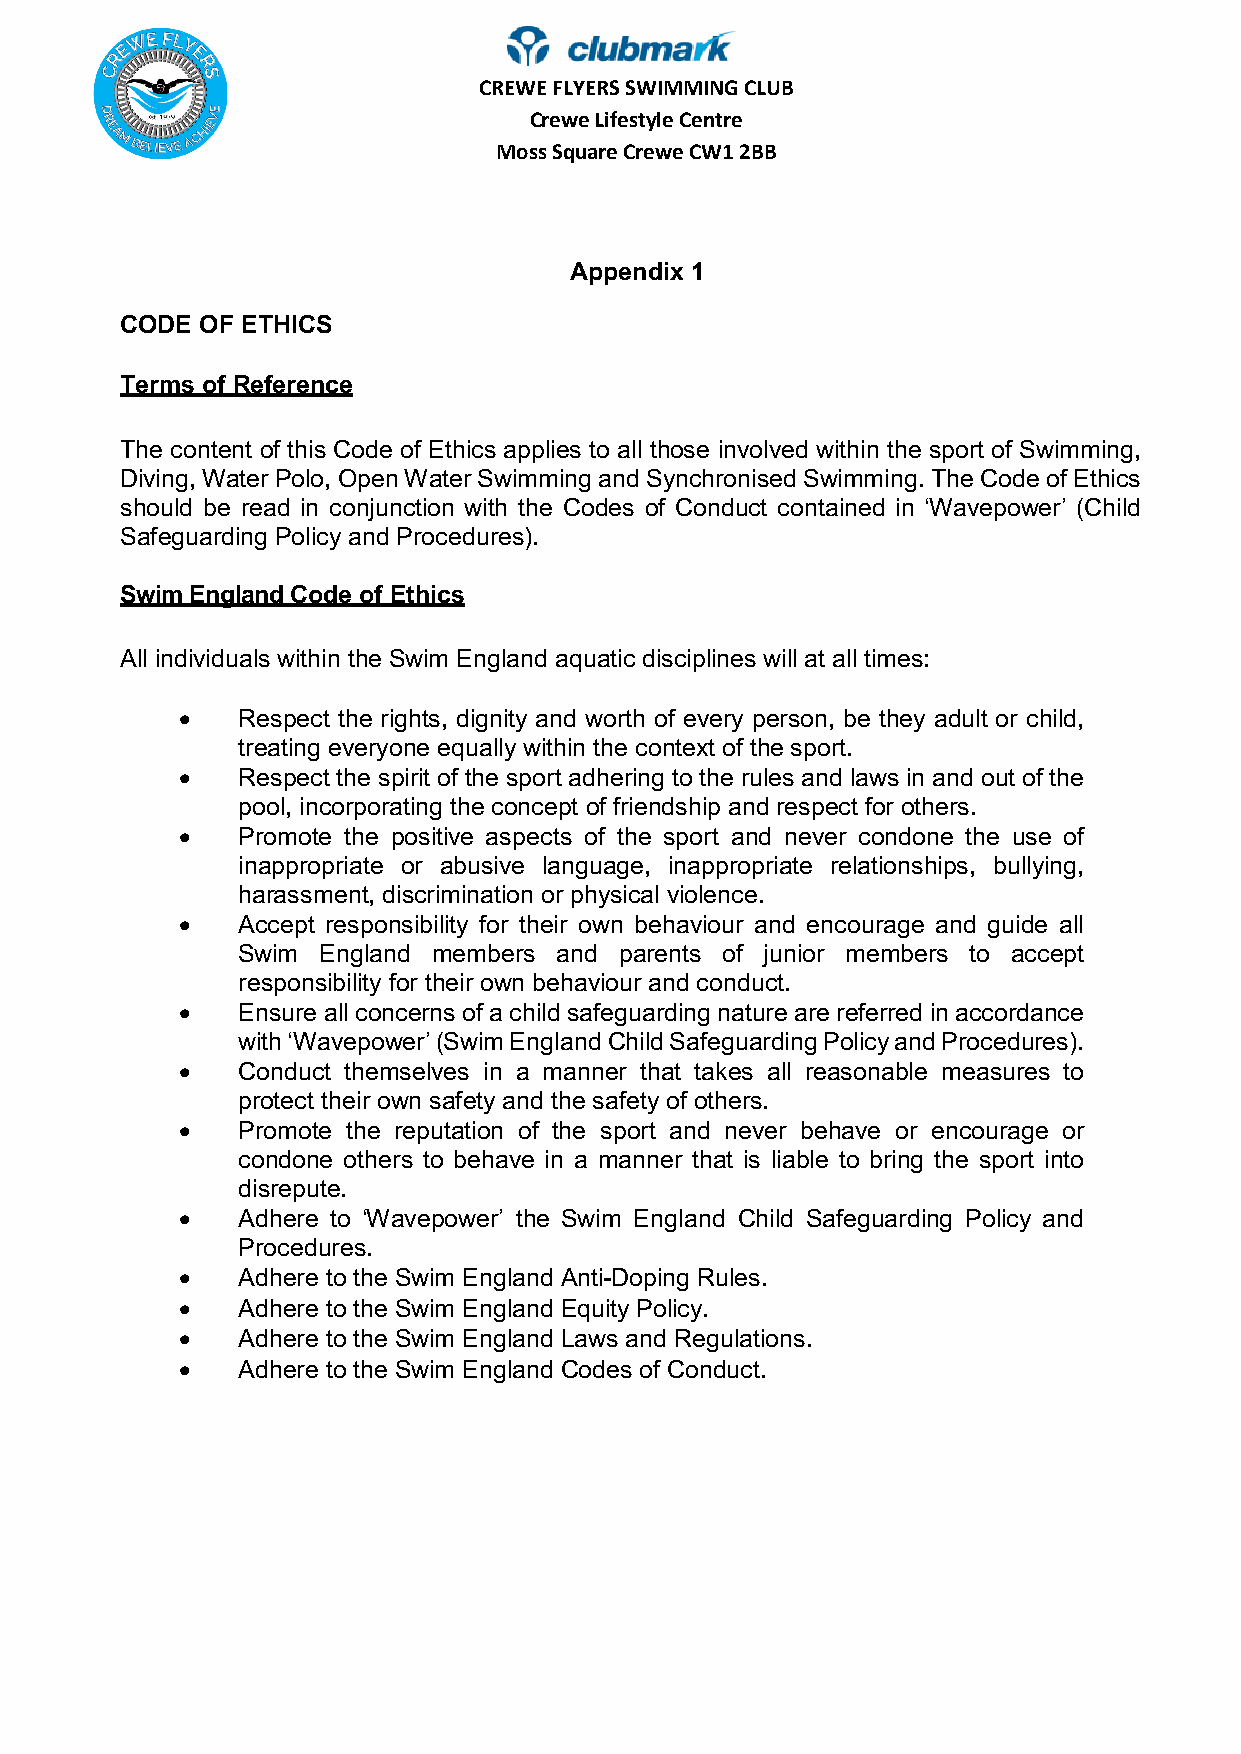
C R E W E FLYERS SWIMMING CLUB
 Crewe Lifestyle Centre
 Moss Square Crewe CW1 2BB
 Appendix 1
 CODE OF ETHICS
 Terms of Reference
 The content of this Code of Ethics applies to all those involved within the sport of Swimming,
 Diving, Water Polo, Open Water Swimming and Synchronised Swimming. The Code of Ethics
 should be read in conjunction with the Codes of Conduct contained in ‘Wavepower’ (Child
 Safeguarding Policy and Procedures).
 Swim England Code of Ethics
 All individuals within the Swim England aquatic disciplines will at all times:
 •   Respect the rights, dignity and worth of every person, be they adult or child,
 treating everyone equally within the context of the sport.
 •   Respect the spirit of the sport adhering to the rules and laws in and out of the
 pool, incorporating the concept of friendship and respect for others.
 •   Promote the positive aspects of the sport and never condone the use of
 inappropriate or abusive language, inappropriate relationships, bullying,
 harassment, discrimination or physical violence.
 •   Accept responsibility for their own behaviour and encourage and guide all
 Swim England members and parents of junior members to accept
 responsibility for their own behaviour and conduct.
 •   Ensure all concerns of a child safeguarding nature are referred in accordance
 with ‘Wavepower’ (Swim England Child Safeguarding Policy and Procedures).
 •   Conduct themselves in a manner that takes all reasonable measures to
 protect their own safety and the safety of others.
 •   Promote the reputation of the sport and never behave or encourage or
 condone others to behave in a manner that is liable to bring the sport into
 disrepute.
 •   Adhere to ‘Wavepower’ the Swim England Child Safeguarding Policy and
 Procedures.
 •   Adhere to the Swim England Anti-Doping Rules.
 •   Adhere to the Swim England Equity Policy.
 •   Adhere to the Swim England Laws and Regulations.
 •   Adhere to the Swim England Codes of Conduct.